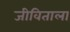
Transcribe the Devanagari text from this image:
जीविताला